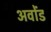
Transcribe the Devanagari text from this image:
अवोंड